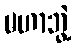
မဟာဘွဲ့